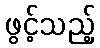
ဖွင့်သည့်